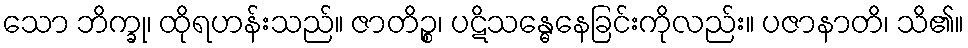
သော ဘိက္ခု၊ ထိုရဟန်းသည်။ ဇာတိဉ္စ၊ ပဋိသန္ဓေနေခြင်းကိုလည်း။ ပဇာနာတိ၊ သိ၏။